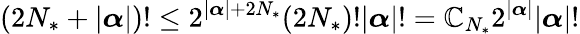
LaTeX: (2{N_{*}}+|{\boldsymbol{\alpha}}|)!\leq2^{|{\boldsymbol{\alpha}}|+2{N_{*}}}(2{N_{*}})!|{\boldsymbol{\alpha}}|!=\mathbb{C}_{{N_{*}}}2^{|{\boldsymbol{\alpha}}|}|{\boldsymbol{\alpha}}|!